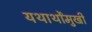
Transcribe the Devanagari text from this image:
यथार्थोंमुखी